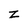
Character: z